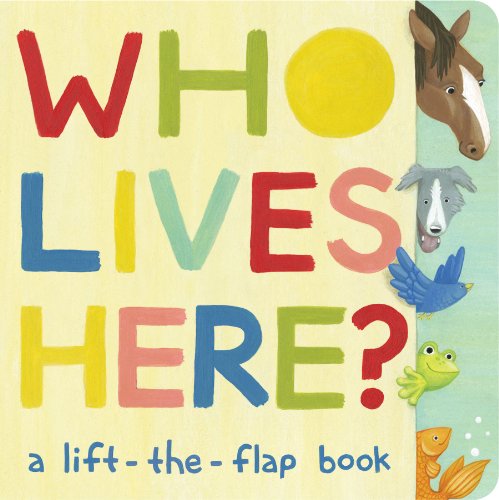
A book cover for Who Lives Here?: A Lift-the-Flap Book; Paula Croyle; Children's Books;